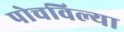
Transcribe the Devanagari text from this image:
पोचविल्या